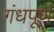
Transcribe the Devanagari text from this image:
गंधपूर्ण